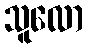
သူလော